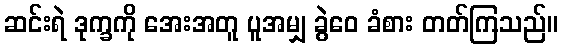
ဆင်းရဲ ဒုက္ခကို အေးအတူ ပူအမျှ ခွဲဝေ ခံစား တတ်ကြသည်။